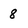
Character: 8